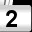
Digit: 2